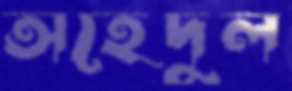
অহেদুল